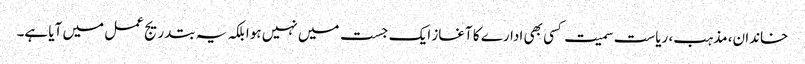
خاندان، مذہب، ریاست سمیت کسی بھی ادارے کا آغاز ایک جست میں نہیں ہوا بلکہ یہ بتدریج عمل میں آیا ہے۔